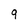
Character: 9